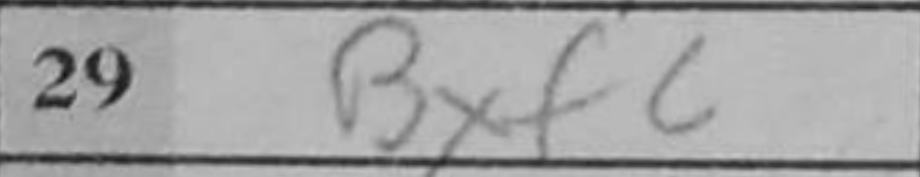
Transcription: Bxf6